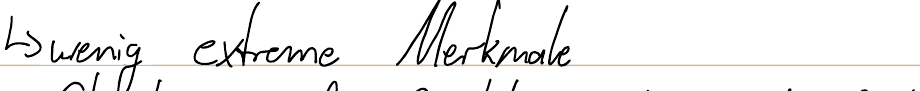
-> wenig extreme Merkmale